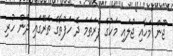
ޖޫން މަހާއި ޖުލައި މަހުގެ ފުރަތަމަ ދެ ހަފުތާގެ ތެރޭގައި ދެން ހުރި